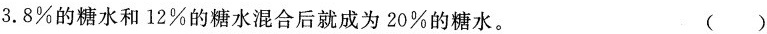
3.8\%的糖水和12\%的糖水混合后就成为20\%的糖水。 ()